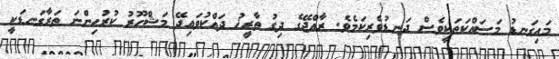
މައިގަނޑު މަސައްކަތަކީވެސް ދަނޑުވެރިކަމެވެ. ރާއްޖޭގެ ދިގު ތާރީޚު ދައްކުވައިދޭ މަޝްހޫރު ކުރުހިންނަ ތަރާގަނޑަކީ